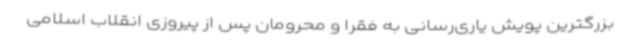
بزرگترین پویش یاری‌رسانی به فقرا و محرومان پس از پیروزی انقلاب اسلامی